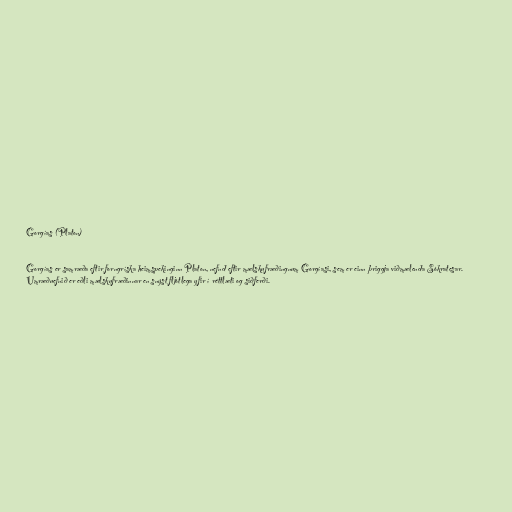
Gorgías (Platon)

Gorgías er samræða eftir forngríska heimspekinginn Platon, nefnd eftir mælskufræðingnum Gorgíasi, sem er einn þriggja viðmælenda Sókratesar.
Umræðuefnið er eðli mælskufræðinnar en snýst fljótlega yfir í réttlæti og siðferði.